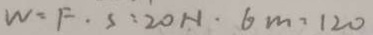
W = F \cdot S = 2 0 N \cdot 6 m = 1 2 0